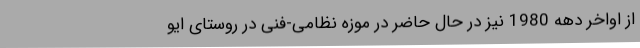
از اواخر دهه 1980 نیز در حال حاضر در موزه نظامی-فنی در روستای ایو